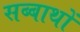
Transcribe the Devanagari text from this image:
सब्बाथों